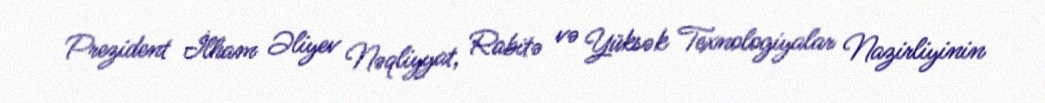
Prezident İlham Əliyev Nəqliyyat, Rabitə və Yüksək Texnologiyalar Nazirliyinin